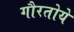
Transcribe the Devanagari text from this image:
गौरतोये